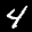
Label: 4